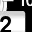
Digit: 2